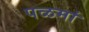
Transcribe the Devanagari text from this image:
पळमां